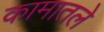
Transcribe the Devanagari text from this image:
कामातले